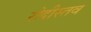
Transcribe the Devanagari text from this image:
रोदीस्तव